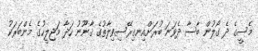
މެސީގެ ދެ ގޯލުން ބާސާ ދެވަނަ ބުރަށްއިނގިރޭސިވިލާތުގެ ޤާނޫނު ހަދާ މަޖިލީހުގެ މެންބަރަކު